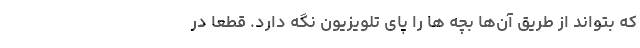
که بتواند از طریق آن‌ها بچه ها را پای تلویزیون نگه دارد. قطعاً در